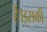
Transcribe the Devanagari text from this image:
हैं।इसकी